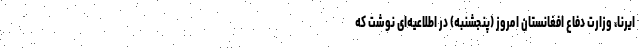
ایرنا، وزارت دفاع افغانستان امروز (پنجشنبه) در اطلاعیه‌ای نوشت که